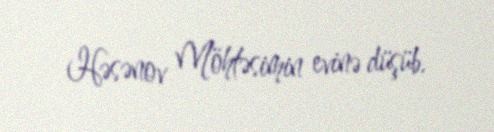
Həsənov Möhtəsimin evinə düşüb.